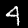
Digit: 4